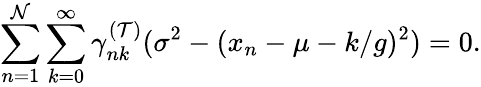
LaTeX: \sum_{n=1}^{\mathcal{N}}\sum_{k=0}^{\infty}\gamma_{nk}^{(\mathcal{T})}(\sigma^{2}-(x_{n}-\mu-k/g)^{2})=0.